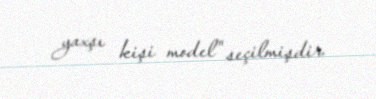
yaxşı kişi model" seçilmişdir.